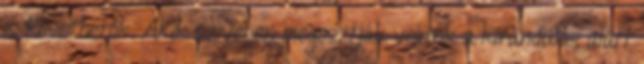
is követhetők. Akik szívesen megosztják velünk a kirándulás alatt